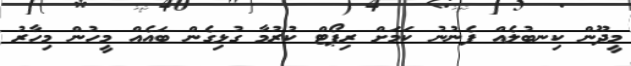
މީދޫން ކިނބުލެއް ފެނުނު ކަމަށް ރިޕޯޓް ކުރުމާ ގުޅިގެން ބައެއް މީހުން މިހާރު